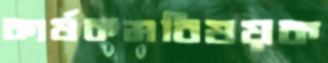
কার্যকমবিষয়ক